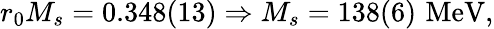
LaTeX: r_{0}M_{s}=0.348(13)\Rightarrow M_{s}=138(6)\, \, \mathrm{MeV},